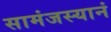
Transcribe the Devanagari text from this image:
सामंजस्यानं